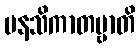
မနသိကာတဗ္ဗာတိ